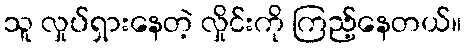
သူ လှုပ်ရှားနေတဲ့ လှိုင်းကို ကြည့်နေတယ်။